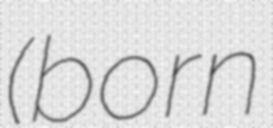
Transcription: (born